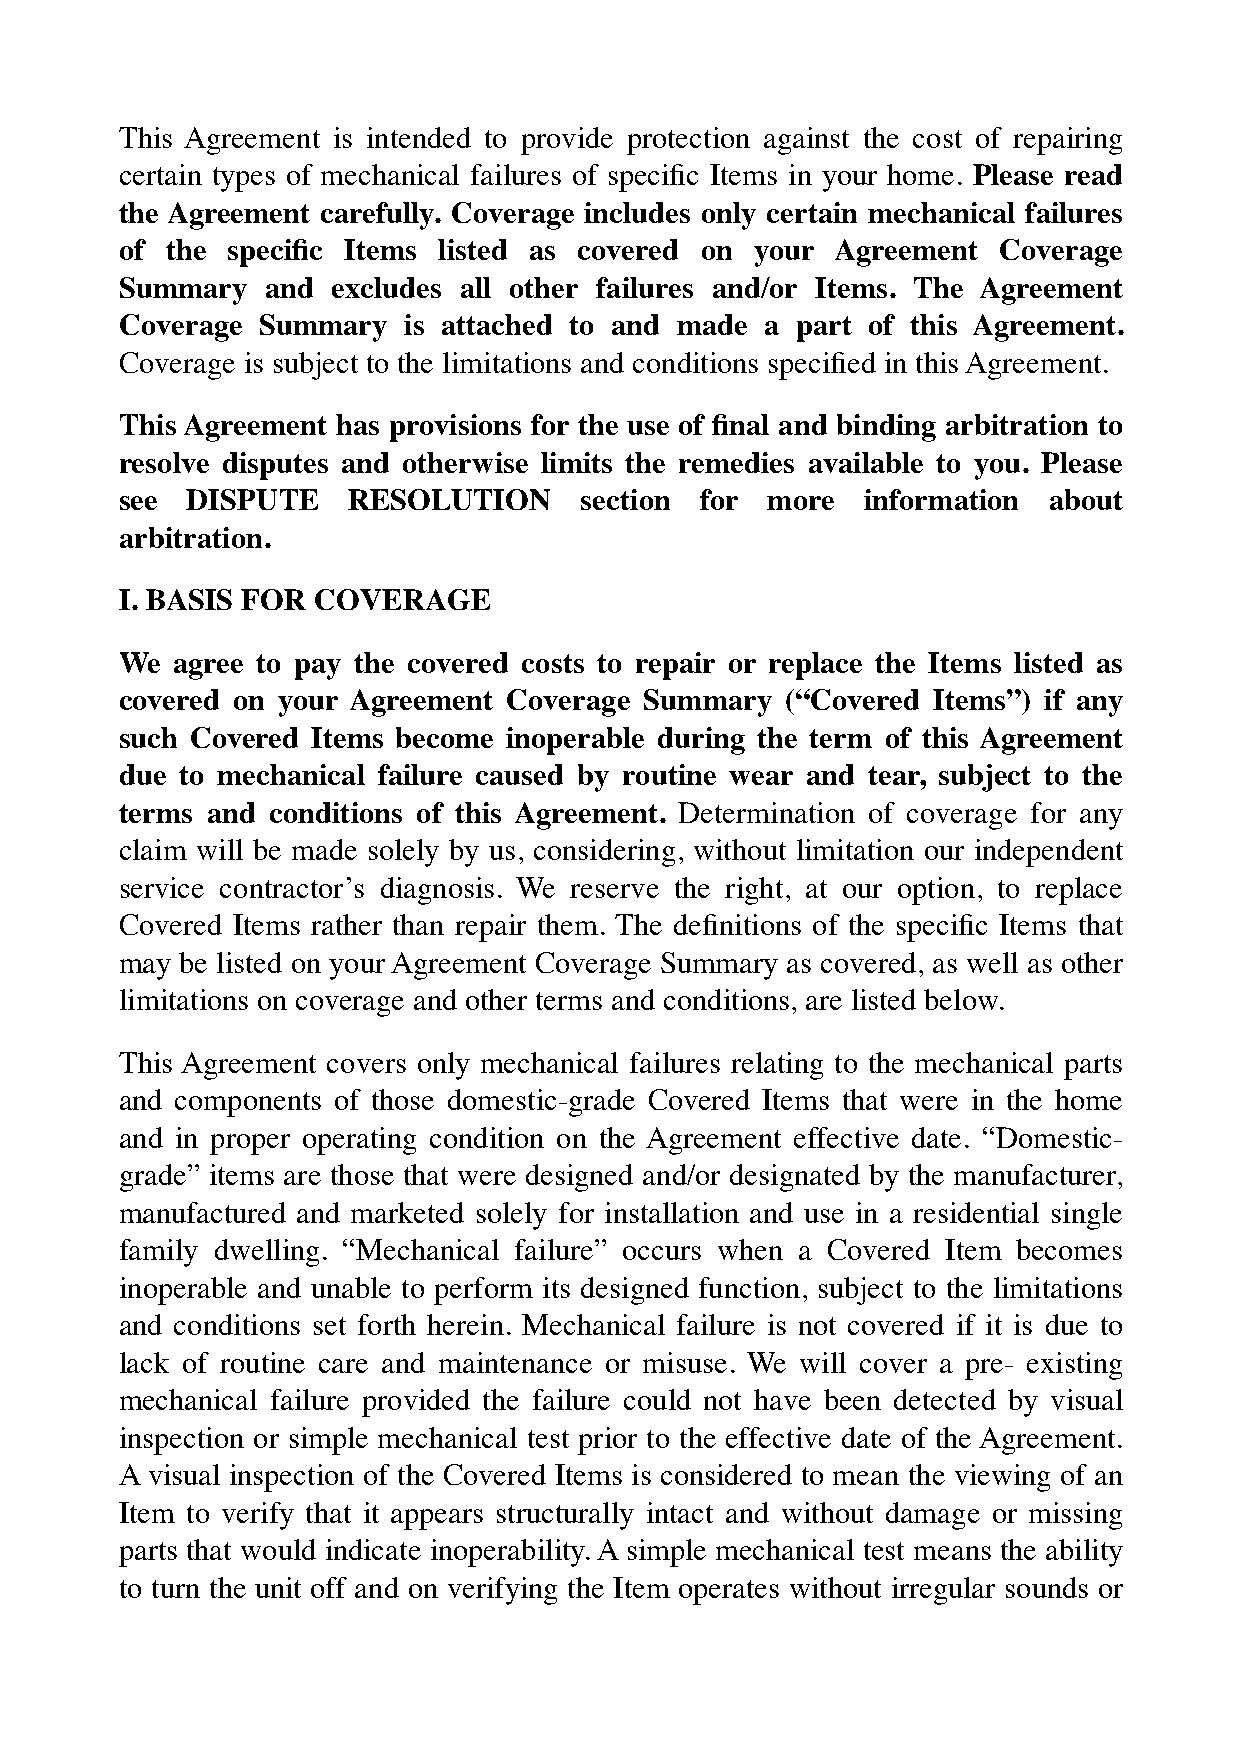
This Agreement is intended to provide protection against the cost of repairing
 certain types of mechanical failures of specific Items in your home. Please read
 the Agreement carefully. Coverage includes only certain mechanical failures
 of the specific Items listed as covered on your Agreement Coverage
 Summary   and excludes all other failures and/or Items. The Agreement
 Coverage Summary   is attached to and made a part of this Agreement.
 Coverage is subject to the limitations and conditions specified in this Agreement.
 This Agreement has provisions for the use of final and binding arbitration to
 resolve disputes and otherwise limits the remedies available to you. Please
 see DISPUTE    RESOLUTION     section for  more  information about
 arbitration.
 I. BASIS FOR COVERAGE
 We agree to pay the covered costs to repair or replace the Items listed as
 covered on your Agreement Coverage Summary  (“Covered Items”) if any
 such Covered Items become inoperable during the term of this Agreement
 due to mechanical failure caused by routine wear and tear, subject to the
 terms and conditions of this Agreement. Determination of coverage for any
 claim will be made solely by us, considering, without limitation our independent
 service contractor’s diagnosis. We reserve the right, at our option, to replace
 Covered Items rather than repair them. The definitions of the specific Items that
 may be listed on your Agreement Coverage Summary as covered, as well as other
 limitations on coverage and other terms and conditions, are listed below.
 This Agreement covers only mechanical failures relating to the mechanical parts
 and components of those domestic-grade Covered Items that were in the home
 and in proper operating condition on the Agreement effective date. “Domestic-
 grade” items are those that were designed and/or designated by the manufacturer,
 manufactured and marketed solely for installation and use in a residential single
 family dwelling. “Mechanical failure” occurs when a Covered Item becomes
 inoperable and unable to perform its designed function, subject to the limitations
 and conditions set forth herein. Mechanical failure is not covered if it is due to
 lack of routine care and maintenance or misuse. We will cover a pre- existing
 mechanical failure provided the failure could not have been detected by visual
 inspection or simple mechanical test prior to the effective date of the Agreement.
 A visual inspection of the Covered Items is considered to mean the viewing of an
 Item to verify that it appears structurally intact and without damage or missing
 parts that would indicate inoperability. A simple mechanical test means the ability
 to turn the unit off and on verifying the Item operates without irregular sounds or